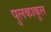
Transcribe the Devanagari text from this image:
पुलकाकुल